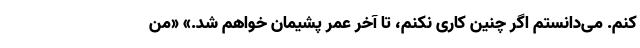
کنم. می‌دانستم اگر چنین کاری نکنم، تا آخر عمر پشیمان خواهم شد.» «من